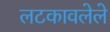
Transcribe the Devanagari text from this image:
लटकावलेले